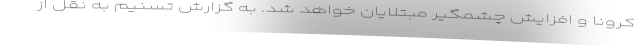
کرونا و افزایش چشمگیر مبتلایان خواهد شد. به گزارش تسنیم به نقل از